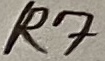
Text: R7